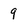
Character: 9